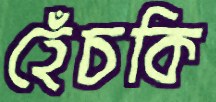
হেঁচকি